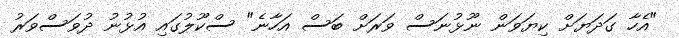
"އެހާ ގަދަޔަށް ކިޔަވަން ނޫޅުނަސް ވަރަށް ބަސް އަހާނެ" ސްކޫލުގައި އުޅުނު ދުވަސްވަރު